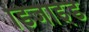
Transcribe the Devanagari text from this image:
डिजाइंड